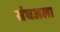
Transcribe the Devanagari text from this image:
संघअला